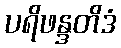
ပရိဖန္ဒတိဒံ